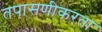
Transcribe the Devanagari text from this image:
तपासणीकरता